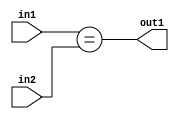
`timescale 1ps / 1ps
/*****************************************************************************
    Verilog RTL Description
    
    
    Created by: Stratus DpOpt 2019.1.01 
*******************************************************************************/

module bn_addr_gen_Equal_8Ux1U_1U_1 (
	in2,
	in1,
	out1
	); /* architecture "behavioural" */ 
input [7:0] in2;
input  in1;
output  out1;
wire  asc001;

assign asc001 = (in1==in2);

assign out1 = asc001;
endmodule

/* CADENCE  urj4TQs= : u9/ySgnWtBlWxVPRXgAZ4Og= ** DO NOT EDIT THIS LINE ******/